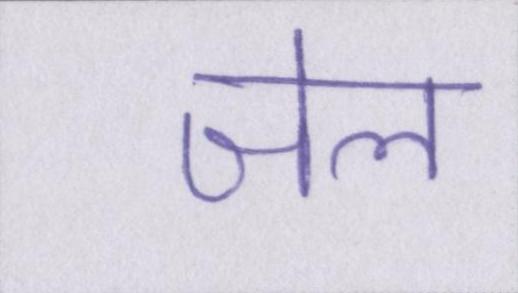
जेल